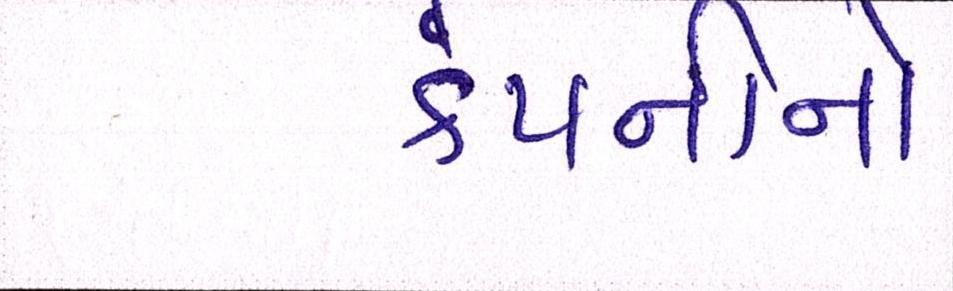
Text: કંપનીનો